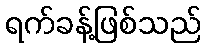
ရက်ခန့်ဖြစ်သည်